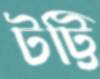
টট্টি